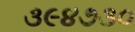
૩૯૪૭૩૦